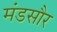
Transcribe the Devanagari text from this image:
मंडसौर